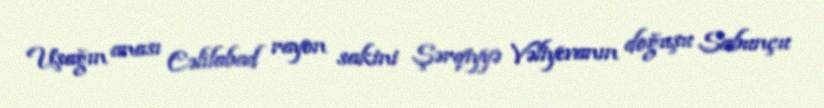
Uşağın anası Cəlilabad rayon sakini Şərqiyyə Vəliyevanın doğuşu Sabunçu